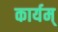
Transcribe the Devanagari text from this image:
कार्यम्